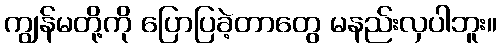
ကျွန်မတို့ကို ပြောပြခဲ့တာတွေ မနည်းလှပါဘူး။